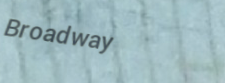
Broadway